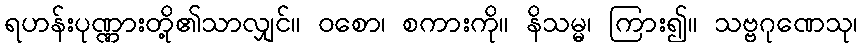
ရဟန်းပုဏ္ဏားတို့၏သာလျှင်။ ဝစော၊ စကားကို။ နိသမ္မ၊ ကြား၍။ သဗ္ဗဂုဏေသု၊